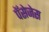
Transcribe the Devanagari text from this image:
पॅसेजेस